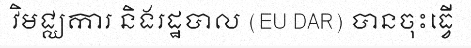
វិមជ្ឈការ និងរដ្ឋបាល (EU DAR) បានចុះធ្វើ